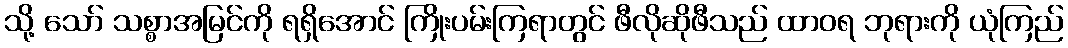
သို့ သော် သစ္စာအမြင်ကို ရရှိအောင် ကြိုးပမ်းကြရာတွင် ဖီလိုဆိုဖီသည် ထာဝရ ဘုရားကို ယုံကြည်